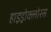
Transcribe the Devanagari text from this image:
हाइड्रोक्लोरस